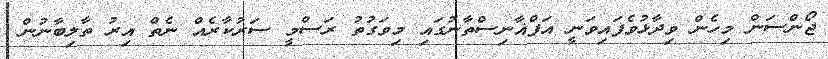
ޖޯންސަން މިހެން ވިދާޅުވެފައިވަނީ އަފްޣާނިސްތާނުގައި މިވަގުތު ރަސްމީ ސަރުކާރެއް ނެތް އިރު ތާލިބާނުން